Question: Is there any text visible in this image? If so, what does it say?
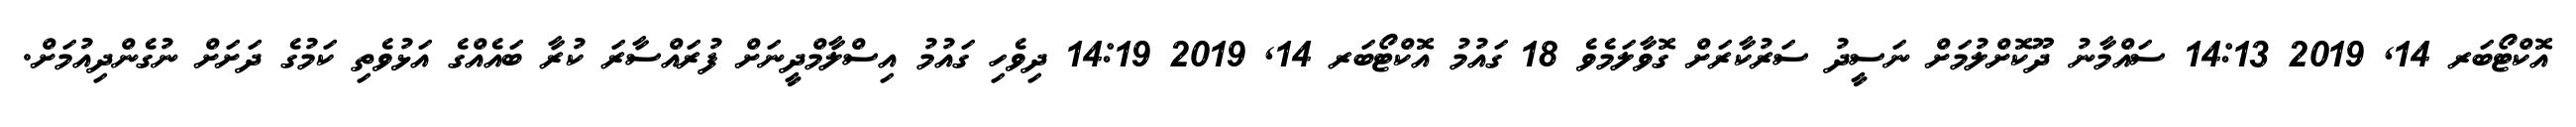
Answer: އޮކްޓޯބަރ 14, 2019 14:13 ސައްމާނު ދޫކޮށްލުމަށް ނަސީދު ސަރުކާރަށް ގޮވާލަމެވެ 18 ގައުމު އޮކްޓޯބަރ 14, 2019 14:19 ދިވެހި ގައުމު އިސްލާމްދީނަށް ފުރައްސާރަ ކުރާ ބައެއްގެ އަޅުވެތި ކަމުގެ ދަށަށް ނުގެންދިއުމަށް.